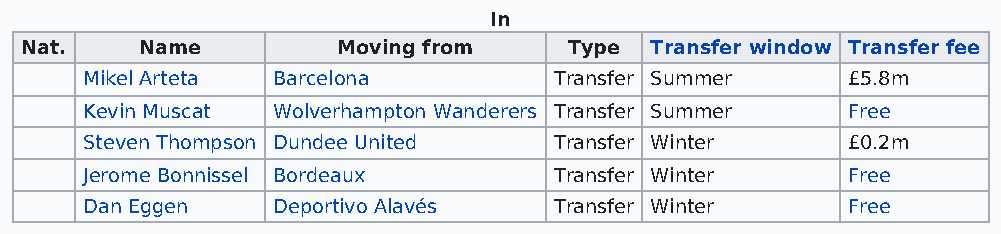
In
 Nat.    Name         Moving from     Type Transfer window Transfer fee
 Mikel Arteta Barcelona          Transfer Summer    £5.8m
 Kevin Muscat Wolverhampton Wanderers Transfer Summer Free
 Steven Thompson Dundee United   Transfer Winter    £0.2m
 Jerome Bonnissel Bordeaux       Transfer Winter    Free
 Dan Eggen    Deportivo Alavés   Transfer Winter    Free